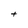
Character: t